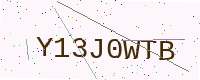
Text: Y13J0WTB